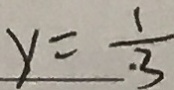
y = \frac { 1 } { . 3 }